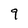
Character: 9